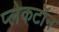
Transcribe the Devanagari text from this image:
प्लेकटॉन